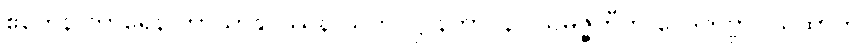
ဧကေနာကာရေန ကာယာနုပဿနာသတိပဋ္ဌာနဘာဝနာ သမ္ပဇ္ဇတီတိ ဝေဒိတဗ္ဗာ။ ယထာဟ